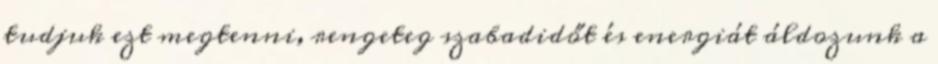
tudjuk ezt megtenni, rengeteg szabadidőt és energiát áldozunk a